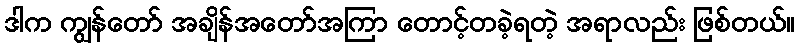
ဒါက ကျွန်တော် အချိန်အတော်အကြာ တောင့်တခဲ့ရတဲ့ အရာလည်း ဖြစ်တယ်။